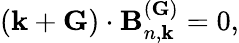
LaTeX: (\textbf{k}+\textbf{G})\cdot\textbf{B}_{n,\textbf{k}}^{(\textbf{G})}=0,